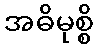
အဓိမုစ္စိ